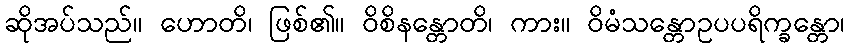
ဆိုအပ်သည်။ ဟောတိ၊ ဖြစ်၏။ ဝိစိနန္တောတိ၊ ကား။ ဝိမံသန္တောဥပပရိက္ခန္တော၊